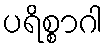
ပရိစ္စာဂါ